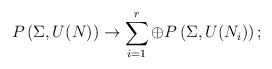
\begin{align*}P\left(\Sigma,U(N)\right)\rightarrow \sum_{i=1}^{r}\oplus P\left(\Sigma,U(N_i)\right);\end{align*}